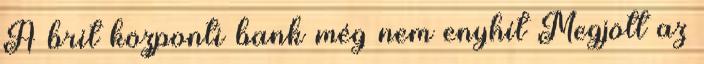
A brit központi bank még nem enyhít Megjött az